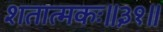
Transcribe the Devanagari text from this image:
शतात्मकः॥३१॥